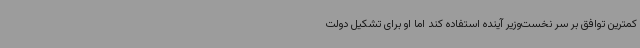
کمترین توافق بر سر نخست‌وزیر آینده استفاده کند اما او برای تشکیل دولت